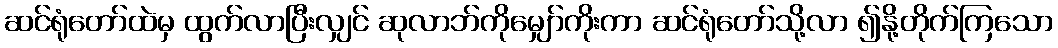
ဆင်ရုံတော်ထဲမှ ထွက်လာပြီးလျှင် ဆုလာဘ်ကိုမျှော်ကိုးကာ ဆင်ရုံတော်သို့လာ ၍နို့တိုက်ကြသော